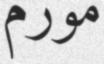
مورم